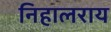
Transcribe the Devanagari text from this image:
निहालराय